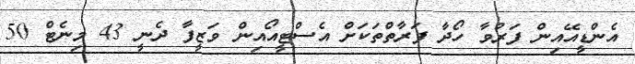
އެންޑީއޭއިން ފަރުވާ ހޯދާ ފަރާތްތަކަށް އެސްޓީއޯއިން ވަޒީފާ ދެނީ 43 މިނެޓް 50